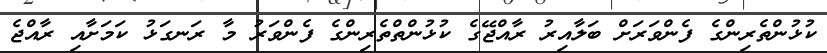
ކުޅުންތެރިންގެ ފެންވަރަށް ބަލާއިރު ރާއްޖޭގެ ކުޅުންތްތެރިންގެ ފެންވަރު މާ ރަނގަޅު ކަމަށާއި ރާއްޖެ